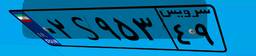
۲۴S۱۲۸۰۶